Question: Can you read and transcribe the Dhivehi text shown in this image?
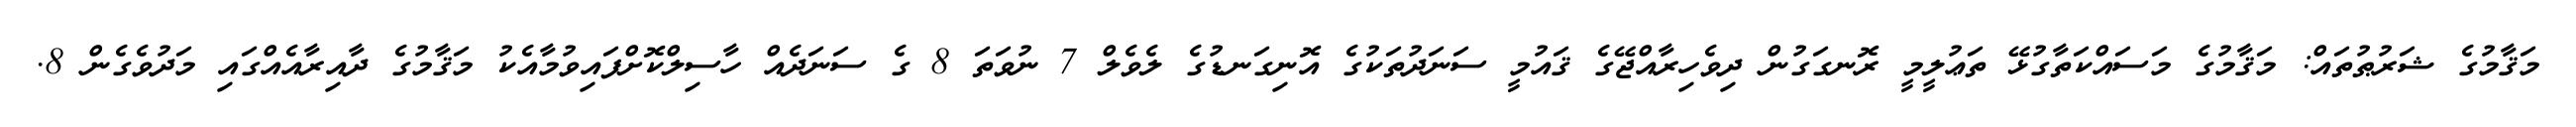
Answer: މަޤާމުގެ ޝަރުޠުތައް: މަޤާމުގެ މަސައްކަތާގުޅޭ ތަޢުލީމީ ރޮނގަގުން ދިވެހިރާއްޖޭގެ ޤައުމީ ސަނަދުތަކުގެ އޮނިގަނޑުގެ ލެވެލް 7 ނުވަތަ 8 ގެ ސަނަދެއް ހާސިލްކޮށްފައިވުމާއެކު މަޤާމުގެ ދާއިރާއެއްގައި މަދުވެގެން 8.